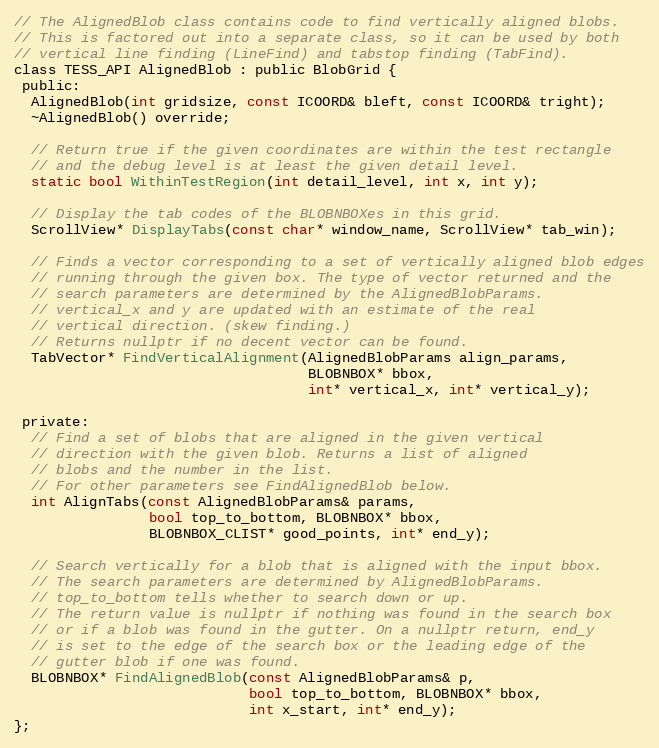
Language: C
// The AlignedBlob class contains code to find vertically aligned blobs.
// This is factored out into a separate class, so it can be used by both
// vertical line finding (LineFind) and tabstop finding (TabFind).
class TESS_API AlignedBlob : public BlobGrid {
 public:
  AlignedBlob(int gridsize, const ICOORD& bleft, const ICOORD& tright);
  ~AlignedBlob() override;

  // Return true if the given coordinates are within the test rectangle
  // and the debug level is at least the given detail level.
  static bool WithinTestRegion(int detail_level, int x, int y);

  // Display the tab codes of the BLOBNBOXes in this grid.
  ScrollView* DisplayTabs(const char* window_name, ScrollView* tab_win);

  // Finds a vector corresponding to a set of vertically aligned blob edges
  // running through the given box. The type of vector returned and the
  // search parameters are determined by the AlignedBlobParams.
  // vertical_x and y are updated with an estimate of the real
  // vertical direction. (skew finding.)
  // Returns nullptr if no decent vector can be found.
  TabVector* FindVerticalAlignment(AlignedBlobParams align_params,
                                   BLOBNBOX* bbox,
                                   int* vertical_x, int* vertical_y);

 private:
  // Find a set of blobs that are aligned in the given vertical
  // direction with the given blob. Returns a list of aligned
  // blobs and the number in the list.
  // For other parameters see FindAlignedBlob below.
  int AlignTabs(const AlignedBlobParams& params,
                bool top_to_bottom, BLOBNBOX* bbox,
                BLOBNBOX_CLIST* good_points, int* end_y);

  // Search vertically for a blob that is aligned with the input bbox.
  // The search parameters are determined by AlignedBlobParams.
  // top_to_bottom tells whether to search down or up.
  // The return value is nullptr if nothing was found in the search box
  // or if a blob was found in the gutter. On a nullptr return, end_y
  // is set to the edge of the search box or the leading edge of the
  // gutter blob if one was found.
  BLOBNBOX* FindAlignedBlob(const AlignedBlobParams& p,
                            bool top_to_bottom, BLOBNBOX* bbox,
                            int x_start, int* end_y);
};